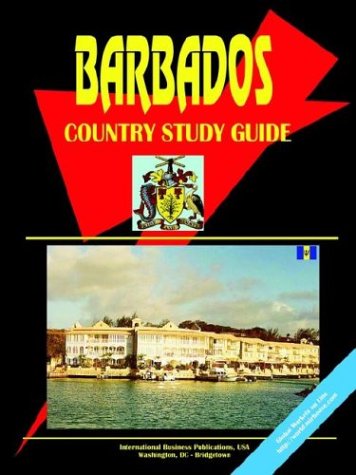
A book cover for Barbados Country; Ibp Usa; Travel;